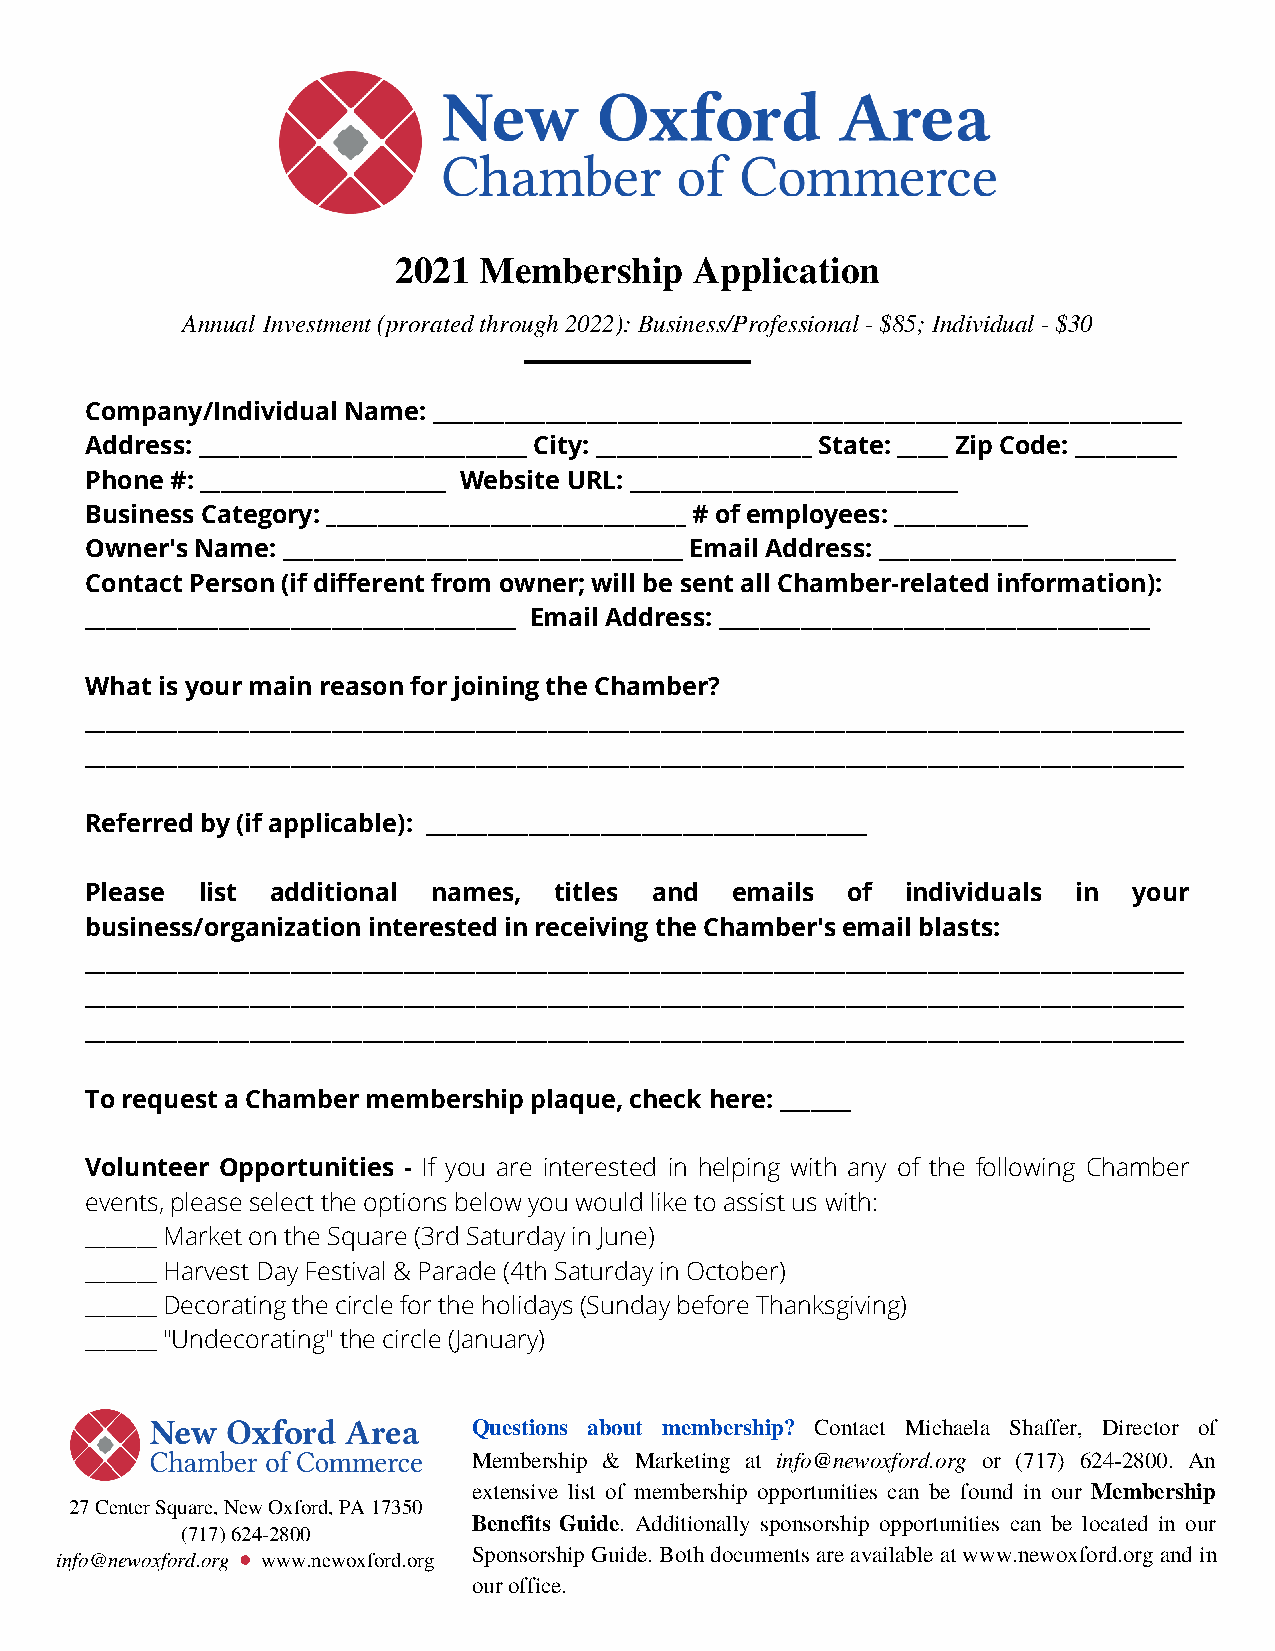
2021  Membership    Application
 Annual Investment (prorated through 2022): Business/Professional - $85; Individual - $30
 Company/Individual Name: _________________________________________________________________________
 Address: ________________________________ City: _____________________ State: _____ Zip Code: __________
 Phone #: ________________________ Website URL: ________________________________
 Business Category: ___________________________________ # of employees: _____________
 Owner's Name: _______________________________________ Email Address: _____________________________
 Contact Person (if different from owner; will be sent all Chamber-related information):
 __________________________________________ Email Address: __________________________________________
 What is your main reason for joining the Chamber?
 ___________________________________________________________________________________________________________
 ___________________________________________________________________________________________________________
 Referred by (if applicable): ___________________________________________
 Please list additional names,  titles and emails  of  individuals in your
 business/organization interested in receiving the Chamber's email blasts:
 ___________________________________________________________________________________________________________
 ___________________________________________________________________________________________________________
 ___________________________________________________________________________________________________________
 To request a Chamber membership plaque, check here: _______
 Volunteer Opportunities - If you are interested in helping with any of the following Chamber
 events, please select the options below you would like to assist us with:
 _______ Market on the Square (3rd Saturday in June)
 _______ Harvest Day Festival & Parade (4th Saturday in October)
 _______ Decorating the circle for the holidays (Sunday before Thanksgiving)
 _______ "Undecorating" the circle (January)
 Questions about membership? Contact Michaela Shaffer, Director of
 Membership & Marketing at info@newoxford.org or (717) 624-2800. An
 extensive list of membership opportunities can be found in our Membership
 27 Center Square, New Oxford, PA 17350
 Benefits Guide. Additionally sponsorship opportunities can be located in our
 (717) 624-2800
 Sponsorship Guide. Both documents are available at www.newoxford.org and in
 info@newoxford.org www.newoxford.org
 our office.